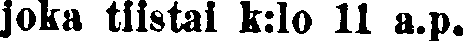
joka tiistai k:lo 11 a.p.